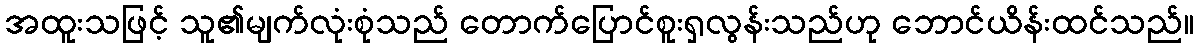
အထူးသဖြင့် သူ၏မျက်လုံးစုံသည် တောက်ပြောင်စူးရှလွန်းသည်ဟု ဘောင်ယိန်းထင်သည်။